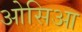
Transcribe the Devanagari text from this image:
ओसिआ